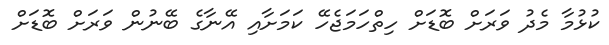
ކުޅުމާ މެދު ވަރަށް ބޮޑަށް ހިތްހަމަޖެހޭ ކަމަށާއި އޭނާގެ ބޭނުން ވަރަށް ބޮޑަށް